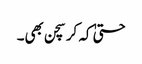
حتیٰ کہ کرسچن بھی۔